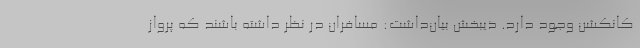
کانکشن وجود دارد. ذیبخش بیان‌داشت: مسافران در نظر داشته باشند که پرواز